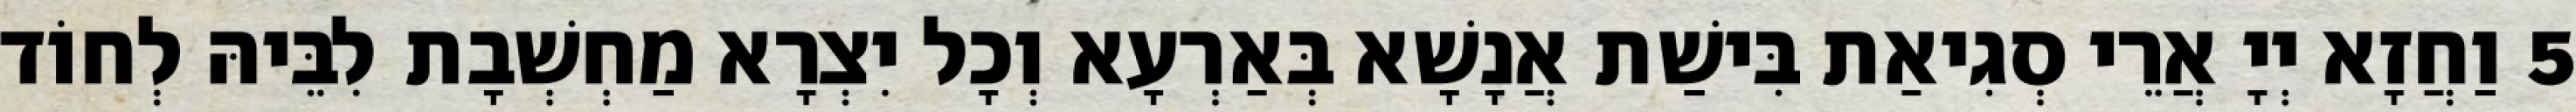
5 וַחֲזָא יְיָ אֲרֵי סְגִיאַת בִּישַׁת אֲנָשָׁא בְּאַרְעָא וְכָל יִצְרָא מַחְשְׁבָת לִבֵּיהּ לְחוֹד